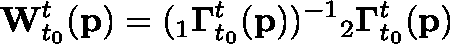
\mathbf { W } _ { t _ { 0 } } ^ { t } ( \mathbf { p } ) = ( { } _ { 1 } \mathbf { \Gamma } _ { t _ { 0 } } ^ { t } ( \mathbf { p } ) ) ^ { - 1 } { } _ { 2 } \mathbf { \Gamma } _ { t _ { 0 } } ^ { t } ( \mathbf { p } )